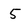
Character: 5